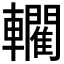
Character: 𨏦